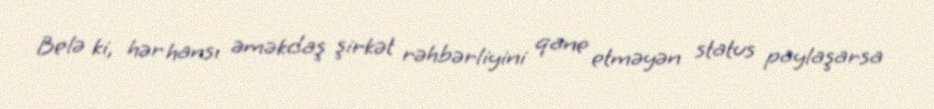
Belə ki, hər hansı əməkdaş şirkət rəhbərliyini qane etməyən status paylaşarsa